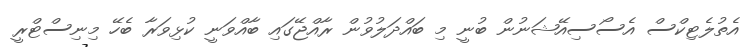
އެތުލެޓިކްސް އެސޯސިއޭޝަނުން ބުނީ މި ބައްދަލުވުން ރާއްޖޭގައި ބާއްވަނީ ކުޅިވަރާ ބެހޭ މިނިސްޓްރީ